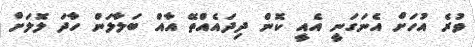
ވުރެ އުހަށް އެނަގަނީ އެއީ ކޮން ދިދައެއްތޭ އާއް ބަލާލަން ހާދަ ލޮލަށް